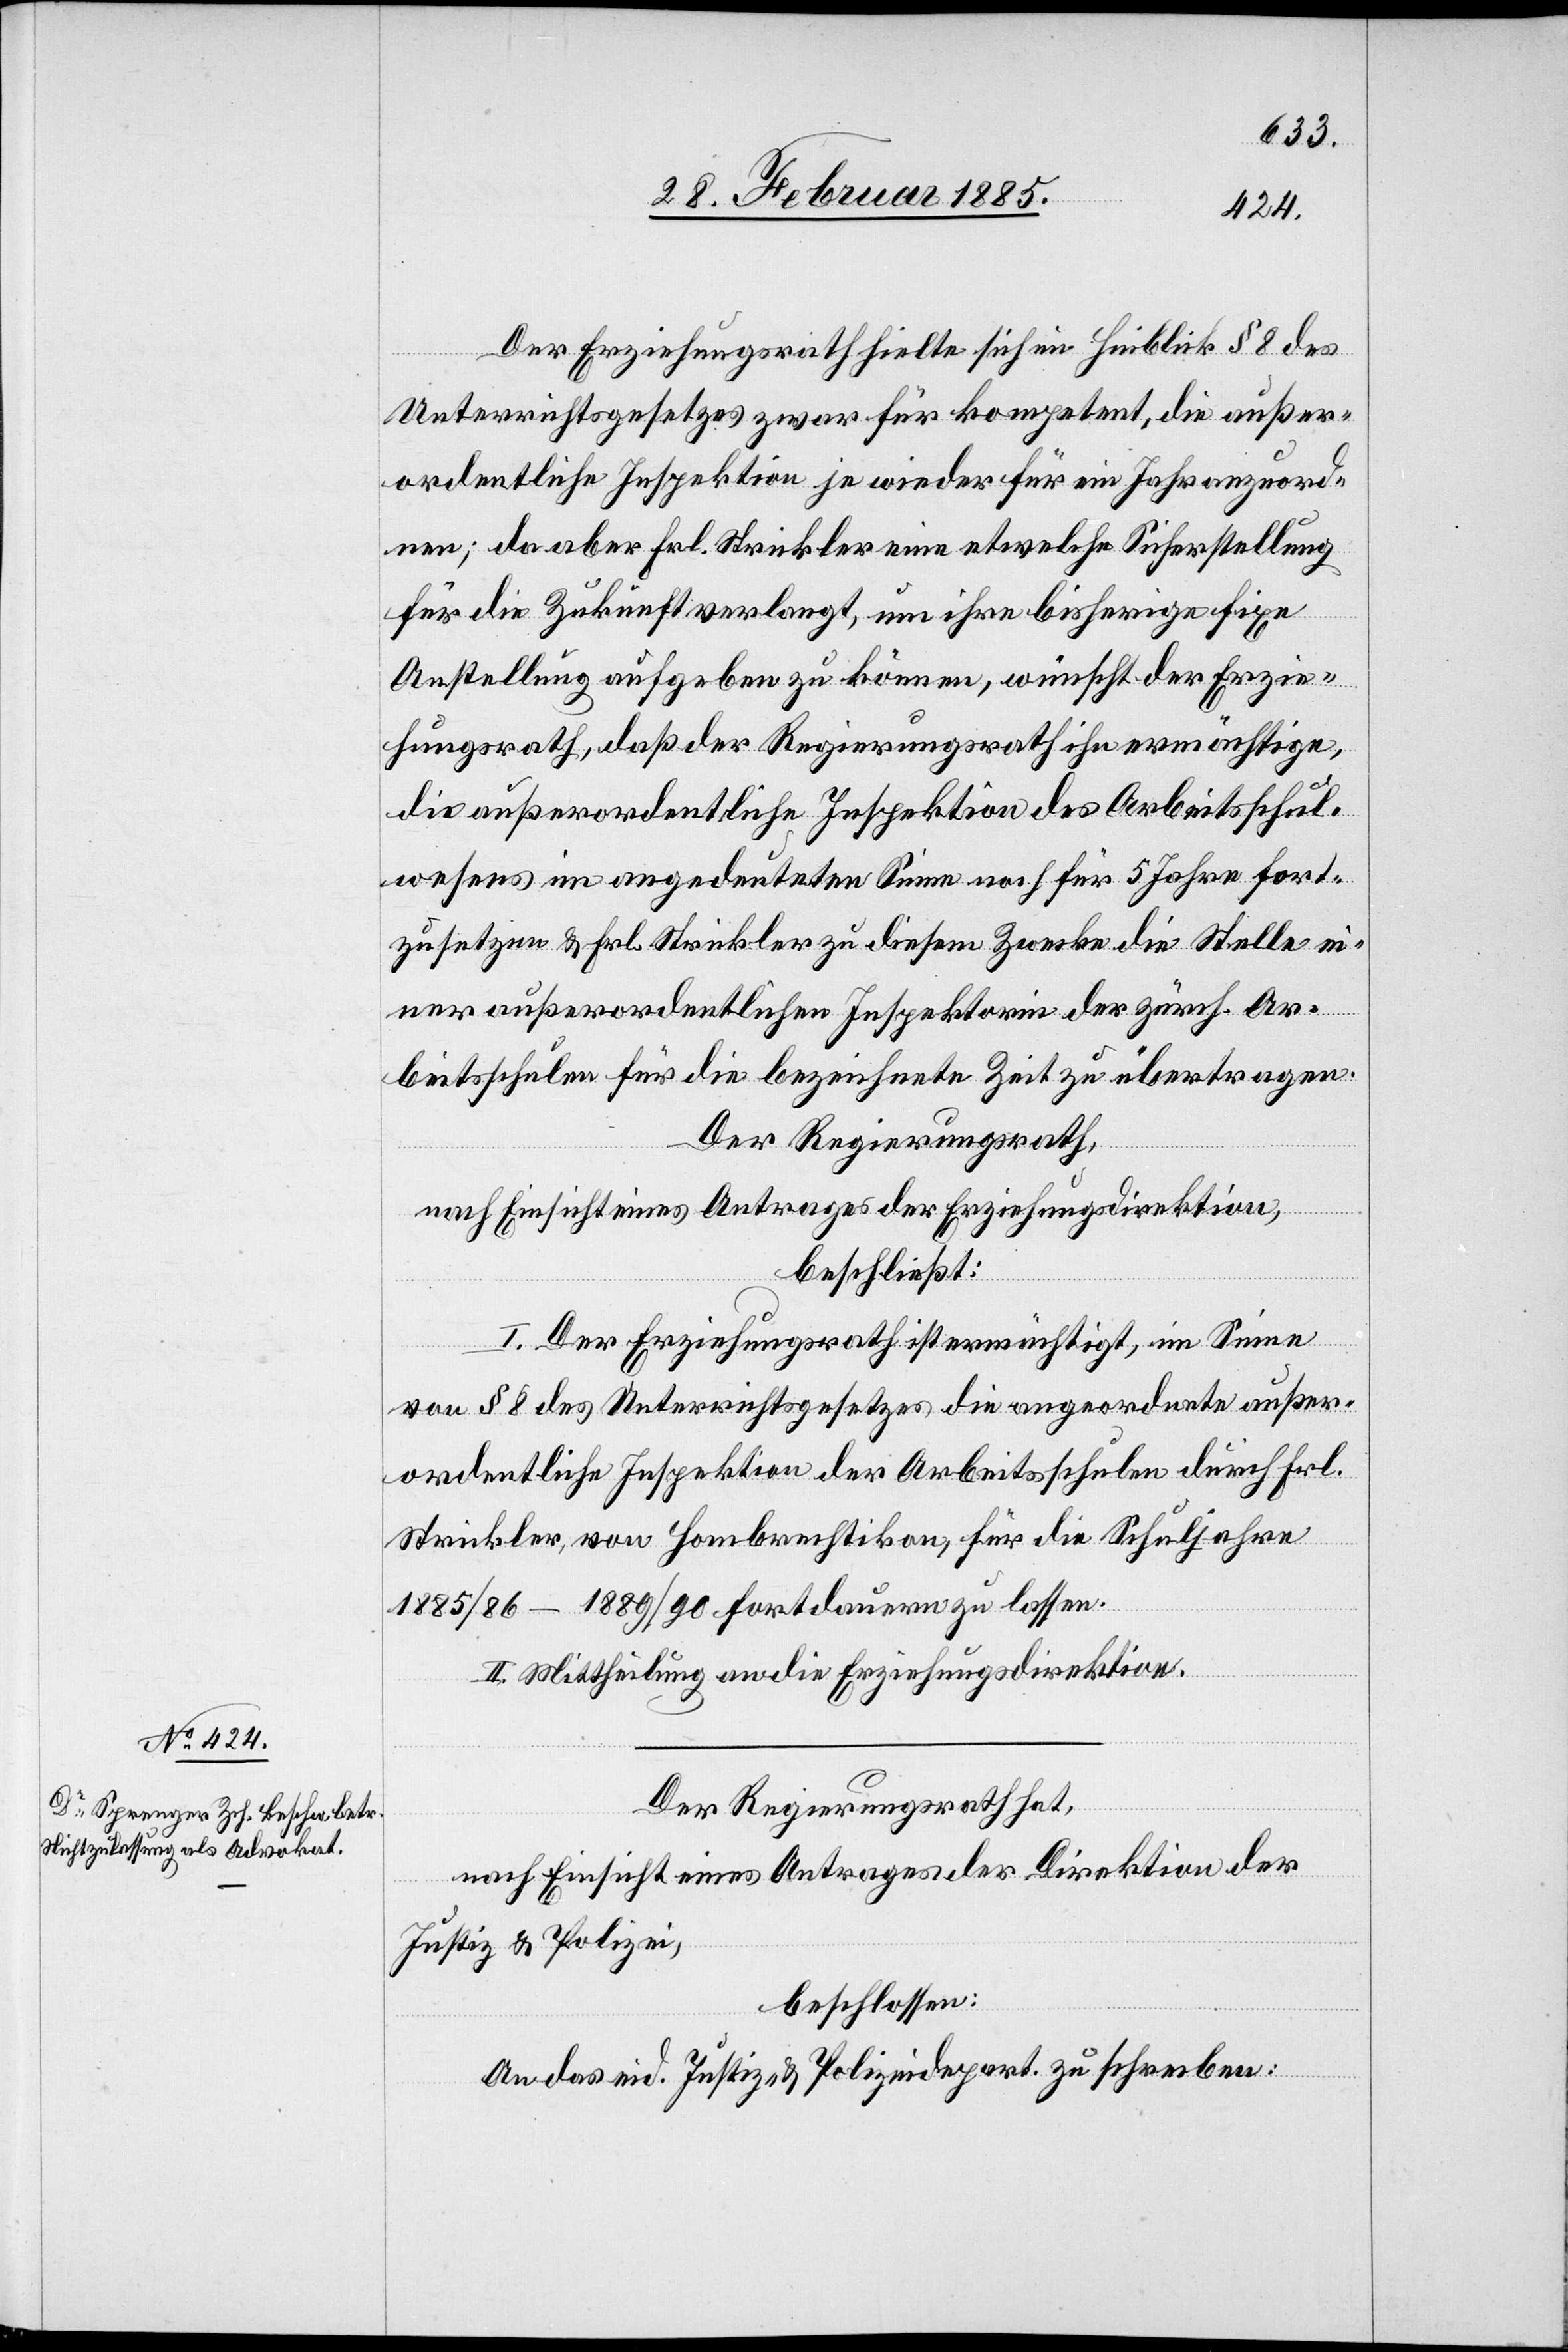
Der Erziehungsrath hielte sich im Hinblick [auf] § 8 des
Unterrichtsgesetzes zwar für kompetent, die außer¬
ordentliche Inspektion je wieder für ein Jahr anzuord¬
nen; da aber Frl. Strickler eine etwelche Sicherstellung
für die Zukunft verlangt, um ihre bisherige fixe
Anstellung aufgeben zu können, wünscht der Erzie¬
hungsrath, daß der Regierungsrath ihn ermächtige,
die außerordentliche Inspektion des Arbeitsschul¬
wesens im angedeuteten Sinne noch für 5 Jahre fort¬
zusetzen & Frl. Strickler zu diesem Zwecke die Stelle ei¬
ner außerordentlichen Inspektorin der zürch. Ar¬
beitsschulen für die bezeichnete Zeit zu übertragen.
Der Regierungsrath,
nach Einsicht eines Antrages der Erziehungsdirektion,
beschließt:
I. Der Erziehungsrath ist ermächtigt, im Sinne
von § 8 des Unterrichtsgesetzes die angeordnete außer¬
ordentliche Inspektion der Arbeitsschulen durch Frl.
Strickler, von Hombrechtikon, für die Schuljahre
1885/86–1889/90 fortdauern zu lassen.
II. Mittheilung an die Erziehungsdirektion.
Der Regierungsrath hat,
nach Einsicht eines Antrages der Direktion der
Justiz & Polizei,
beschlossen:
An das eid. Justiz- und Polizeidepart. zu schreiben: